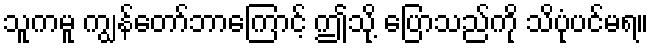
သူကမူ ကျွန်တော်ဘာကြောင့် ဤသို့ ပြောသည်ကို သိပုံပင်မရ။